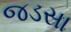
જડસા